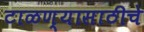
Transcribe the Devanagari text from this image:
टाळण्यासाठीचे